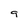
Character: 9